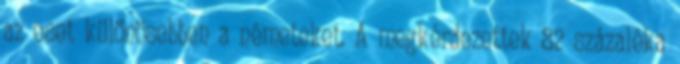
az eset különösebben a németeket. A megkérdezettek 82 százaléka